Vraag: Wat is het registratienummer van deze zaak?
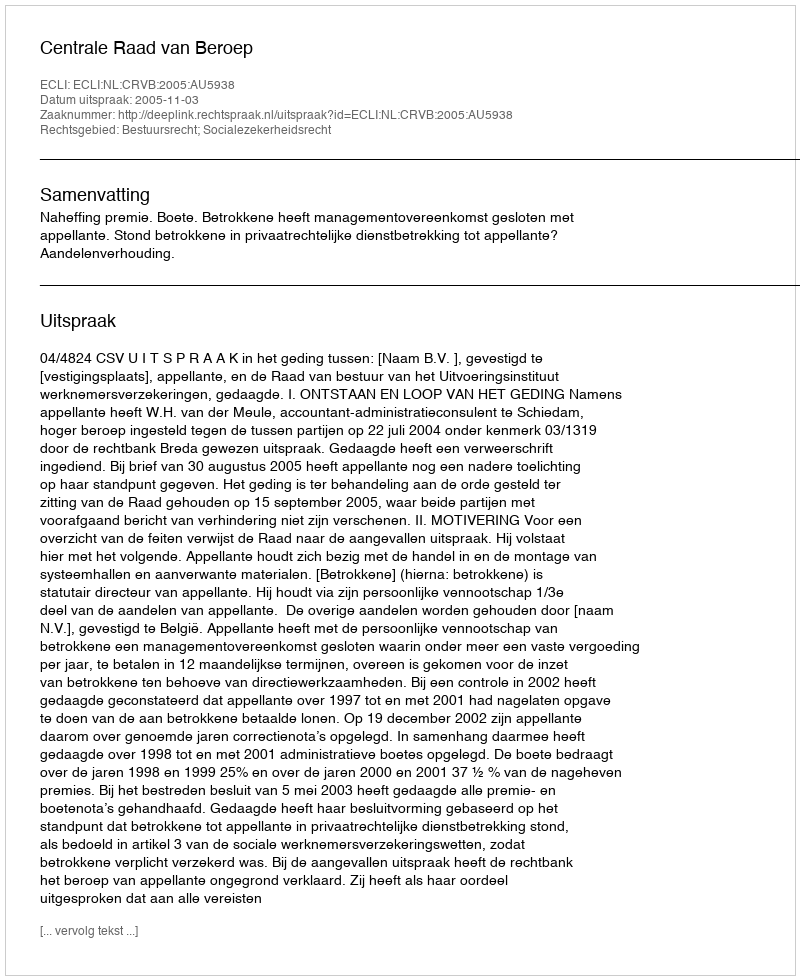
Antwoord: http://deeplink.rechtspraak.nl/uitspraak?id=ECLI:NL:CRVB:2005:AU5938